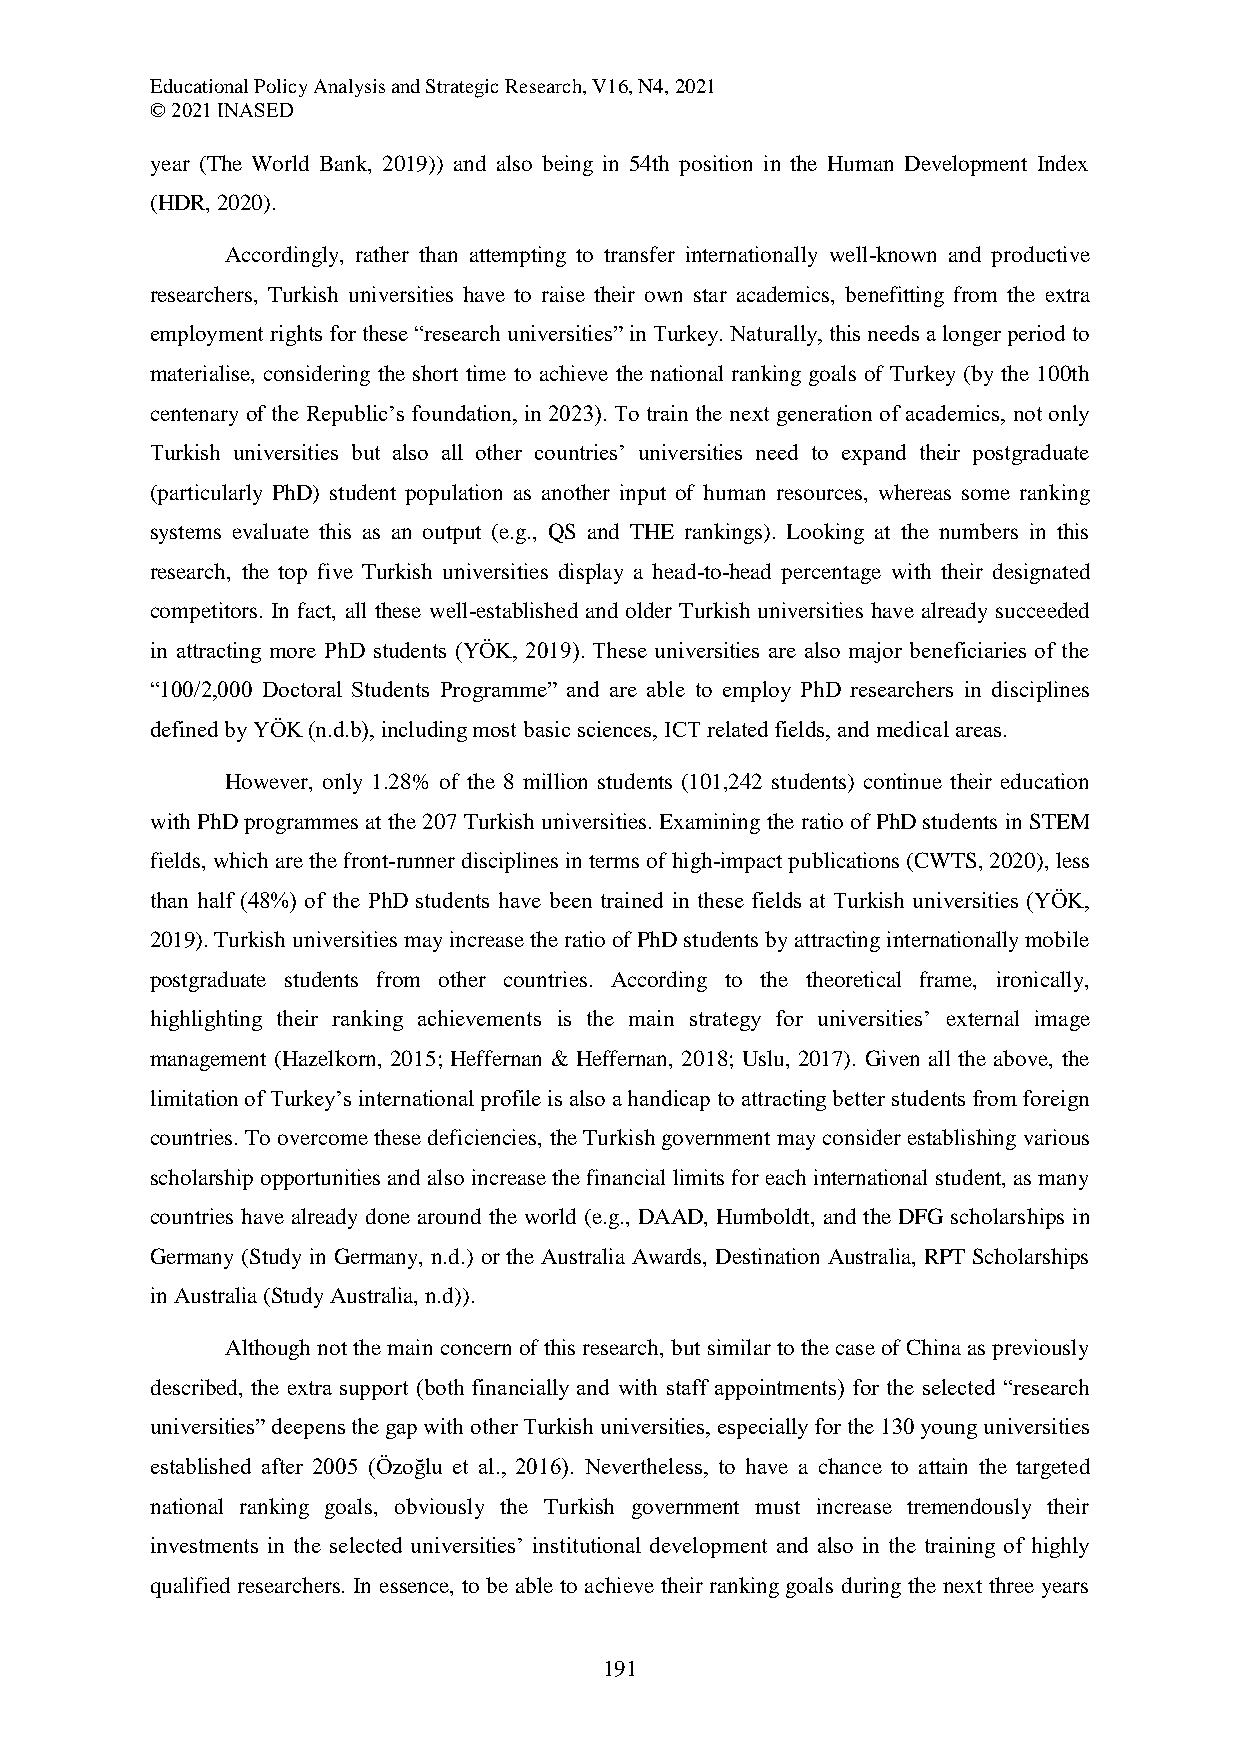
Educational Policy Analysis and Strategic Research, V16, N4, 2021
 © 2021 INASED
 year (The World Bank, 2019)) and also being in 54th position in the Human Development Index
 (HDR, 2020).
 Accordingly, rather than attempting to transfer internationally well-known and productive
 researchers, Turkish universities have to raise their own star academics, benefitting from the extra
 employment rights for these “research universities” in Turkey. Naturally, this needs a longer period to
 materialise, considering the short time to achieve the national ranking goals of Turkey (by the 100th
 centenary of the Republic’s foundation, in 2023). To train the next generation of academics, not only
 Turkish universities but also all other countries’ universities need to expand their postgraduate
 (particularly PhD) student population as another input of human resources, whereas some ranking
 systems evaluate this as an output (e.g., QS and THE rankings). Looking at the numbers in this
 research, the top five Turkish universities display a head-to-head percentage with their designated
 competitors. In fact, all these well-established and older Turkish universities have already succeeded
 in attracting more PhD students (YÖK, 2019). These universities are also major beneficiaries of the
 “100/2,000 Doctoral Students Programme” and are able to employ PhD researchers in disciplines
 defined by YÖK (n.d.b), including most basic sciences, ICT related fields, and medical areas.
 However, only 1.28% of the 8 million students (101,242 students) continue their education
 with PhD programmes at the 207 Turkish universities. Examining the ratio of PhD students in STEM
 fields, which are the front-runner disciplines in terms of high-impact publications (CWTS, 2020), less
 than half (48%) of the PhD students have been trained in these fields at Turkish universities (YÖK,
 2019). Turkish universities may increase the ratio of PhD students by attracting internationally mobile
 postgraduate students from other countries. According to the theoretical frame, ironically,
 highlighting their ranking achievements is the main strategy for universities’ external image
 management (Hazelkorn, 2015; Heffernan & Heffernan, 2018; Uslu, 2017). Given all the above, the
 limitation of Turkey’s international profile is also a handicap to attracting better students from foreign
 countries. To overcome these deficiencies, the Turkish government may consider establishing various
 scholarship opportunities and also increase the financial limits for each international student, as many
 countries have already done around the world (e.g., DAAD, Humboldt, and the DFG scholarships in
 Germany (Study in Germany, n.d.) or the Australia Awards, Destination Australia, RPT Scholarships
 in Australia (Study Australia, n.d)).
 Although not the main concern of this research, but similar to the case of China as previously
 described, the extra support (both financially and with staff appointments) for the selected “research
 universities” deepens the gap with other Turkish universities, especially for the 130 young universities
 established after 2005 (Özoğlu et al., 2016). Nevertheless, to have a chance to attain the targeted
 national ranking goals, obviously the Turkish government must increase tremendously their
 investments in the selected universities’ institutional development and also in the training of highly
 qualified researchers. In essence, to be able to achieve their ranking goals during the next three years
 191